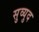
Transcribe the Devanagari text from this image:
सुव्युद